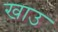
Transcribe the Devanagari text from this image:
खाउ